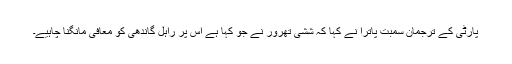
پارٹی کے ترجمان سمبت پاترا نے کہا کہ ششی تھرور نے جو کہا ہے اس پر راہل گاندھی کو معافی مانگنا چاہیے۔